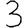
Digit: 3